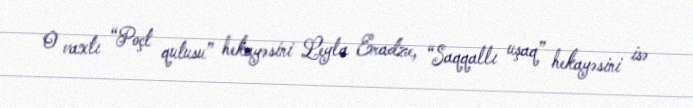
O vaxtı “Poçt qutusu” hekayəsini Leyla Eradze, “Saqqallı uşaq” hekayəsini isə